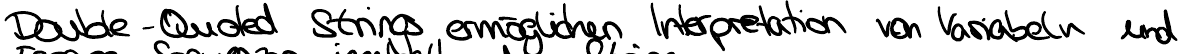
Double - Quoted Strings ermöglichen Interpretation von Variablen und